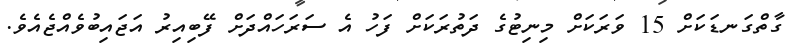
ގާތްގަނޑަކަށް 15 ވަރަކަށް މިނިޓުގެ ދަތުރަކަށް ފަހު އެ ސަރަހައްދަށް ފޭބިއިރު އަޖައިބުވެއްޖެއެވެ.